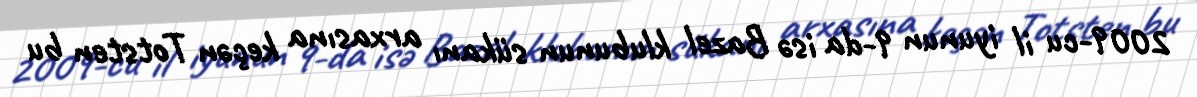
2009-cu il iyunun 9-da isə Bazel klubunun sükanı arxasına keçən Totsten bu